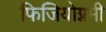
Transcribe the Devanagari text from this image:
फिजियोग्नमी